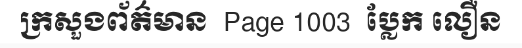
ក្រសួងព័ត៌មាន  Page 1003  ប្លែក លឿន